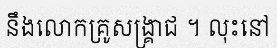
នឹងលោកគ្រូសង្គ្រាជ ។ លុះនៅ